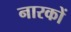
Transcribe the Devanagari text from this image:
नारकों